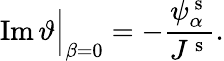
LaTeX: \operatorname{Im}\vartheta\Big\vert_{\beta=0}=-\frac{\psi_{\alpha}^{\mathrm{~s~}}}{J^{\mathrm{~s~}}}.